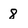
Character: 8